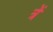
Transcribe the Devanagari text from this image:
त्रें